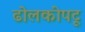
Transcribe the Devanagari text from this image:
ढोलकीपटू